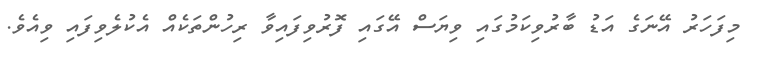
މިފަހަރު އޭނަގެ އަޑު ބާރުވިކަމުގައި ވިޔަސް އޭގައި ފޮރުވިފައިވާ ރިހުންތަކެއް އެކުލެވިފައި ވިއެވެ.